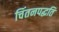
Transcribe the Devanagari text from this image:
चिंतनपद्धति